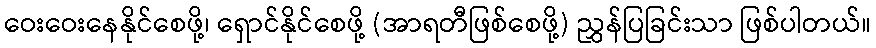
ဝေးဝေးနေနိုင်စေဖို့၊ ရှောင်နိုင်စေဖို့ (အာရတီဖြစ်စေဖို့) ညွှန်ပြခြင်းသာ ဖြစ်ပါတယ်။